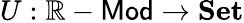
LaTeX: U:\mathbb{R}-{\mathsf{{Mod}}}\to{\textbf{{Set}}}